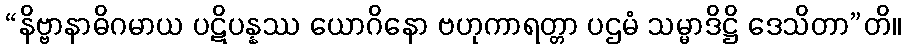
“နိဗ္ဗာနာဓိဂမာယ ပဋိပန္နဿ ယောဂိနော ဗဟုကာရတ္တာ ပဌမံ သမ္မာဒိဋ္ဌိ ဒေသိတာ”တိ။